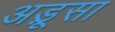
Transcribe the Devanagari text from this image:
अड़ूसा